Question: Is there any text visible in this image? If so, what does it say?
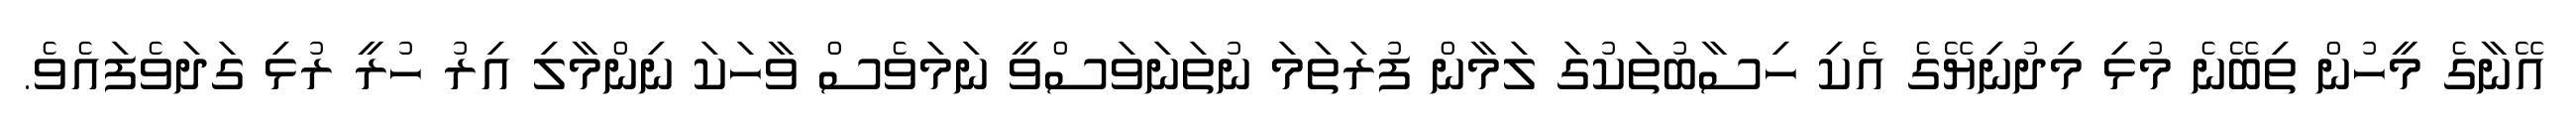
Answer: އޭނާގެ މީހުން ތިބޭނެ މުޅި މިދުނިޔޭގެ އެކި ހިސާބުތަކުގަ ލަމާން ފުރަތަމަ ނުތަނަވަސްވީ ނަމަވެސް ވާހަކަ ނިންމާލި އިރު ހުރީ ރުޅި ގަދަވެފައެވެ.